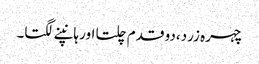
چہرہ زرد،دو قدم چلتا اور ہانپنے لگتا۔